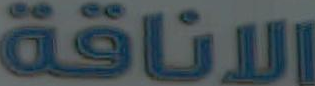
الاناقة